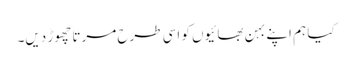
کیا ہم اپنے بہن بھائیوں کو اسی طرح مرتا چھوڑ دیں۔